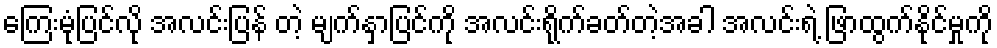
ကြေးမုံပြင်လို အလင်းပြန် တဲ့ မျက်နှာပြင်ကို အလင်းရိုက်ခတ်တဲ့အခါ အလင်းရဲ့ ဖြာထွက်နိုင်မှုကို